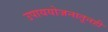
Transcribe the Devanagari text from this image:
उपाययोजनातूनही